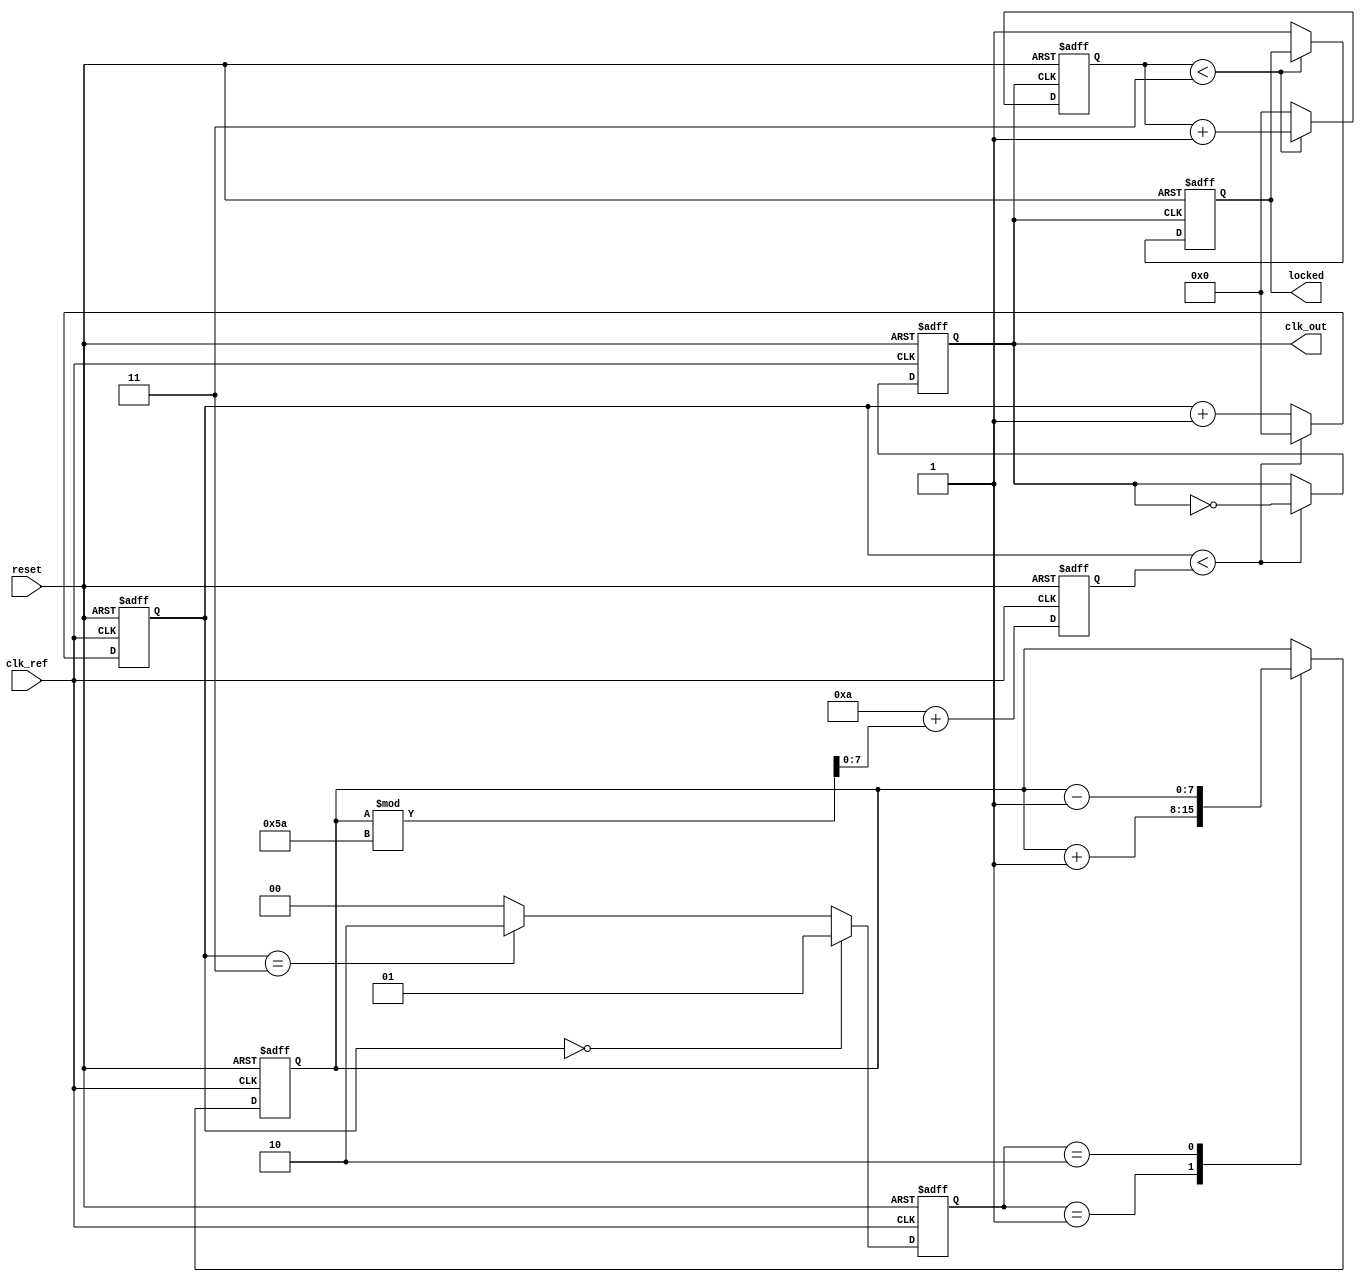
module integer_n_pll (
    input wire clk_ref,          // Reference clock input
    input wire reset,            // Asynchronous reset
    output reg clk_out,          // Output clock
    output reg locked            // Lock indicator
);

    // Parameters
    parameter N = 4;             // Division factor
    parameter VCO_MAX_FREQ = 100; // Max VCO frequency (arbitrary units)
    parameter VCO_MIN_FREQ = 10;  // Min VCO frequency (arbitrary units)
    
    // Internal signals
    reg [1:0] phase_error;       // Phase error signal
    reg [7:0] control_voltage;    // Control voltage for VCO
    reg [7:0] vco_freq;           // VCO frequency
    reg [3:0] counter;            // Feedback divider counter
    reg [3:0] vco_counter;        // VCO counter for generating clk_out

    // Phase Detector (PD)
    always @(posedge clk_ref or posedge reset) begin
        if (reset) begin
            phase_error <= 2'b00;
        end else begin
            // Simple phase comparison logic
            if (vco_counter == 0) begin
                phase_error <= 2'b01; // Reference clock leads
            end else if (vco_counter == (N - 1)) begin
                phase_error <= 2'b10; // Feedback clock leads
            end else begin
                phase_error <= 2'b00; // In phase
            end
        end
    end

    // Charge Pump (CP)
    always @(posedge clk_ref or posedge reset) begin
        if (reset) begin
            control_voltage <= 8'b0;
        end else begin
            case (phase_error)
                2'b01: control_voltage <= control_voltage + 1; // Increase voltage
                2'b10: control_voltage <= control_voltage - 1; // Decrease voltage
                default: control_voltage <= control_voltage;    // No change
            endcase
        end
    end

    // Loop Filter (LF) - Simple first-order filter
    always @(posedge clk_ref or posedge reset) begin
        if (reset) begin
            vco_freq <= VCO_MIN_FREQ; // Start at minimum frequency
        end else begin
            // Adjust VCO frequency based on control voltage
            vco_freq <= VCO_MIN_FREQ + control_voltage[7:0] % (VCO_MAX_FREQ - VCO_MIN_FREQ);
        end
    end

    // Voltage-Controlled Oscillator (VCO)
    always @(posedge clk_ref or posedge reset) begin
        if (reset) begin
            clk_out <= 0;
            vco_counter <= 0;
        end else begin
            // Generate output clock based on VCO frequency
            if (vco_counter < vco_freq) begin
                clk_out <= ~clk_out; // Toggle output clock
                vco_counter <= 0;     // Reset counter
            end else begin
                vco_counter <= vco_counter + 1;
            end
        end
    end

    // Feedback Divider
    always @(posedge clk_out or posedge reset) begin
        if (reset) begin
            counter <= 0;
            locked <= 0;
        end else begin
            if (counter < N - 1) begin
                counter <= counter + 1;
            end else begin
                counter <= 0;
                locked <= 1; // Indicate locked state
            end
        end
    end

endmodule